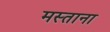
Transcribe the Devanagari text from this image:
मस्‍ताना